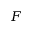
F